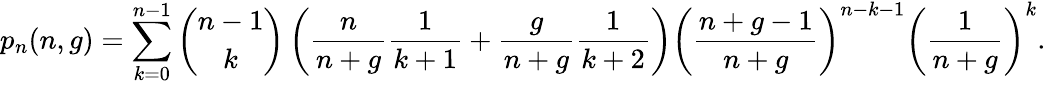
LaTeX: p_{n}(n,g)=\sum_{k=0}^{n-1}\binom{n-1}{k}\left(\frac{n}{n+g}\frac{1}{k+1}+\frac{g}{n+g}\frac{1}{k+2}\right)\left(\frac{n+g-1}{n+g}\right)^{n-k-1}\left(\frac{1}{n+g}\right)^{k}.